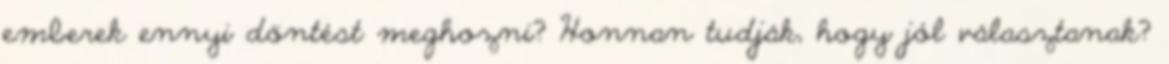
emberek ennyi döntést meghozni? Honnan tudják, hogy jól választanak?